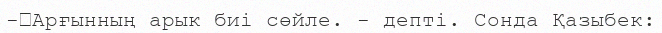
-	Арғынның арык биі сөйле. - депті. Сонда Қазыбек: